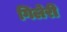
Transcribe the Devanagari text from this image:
गिलेरी